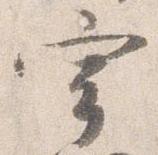
宰